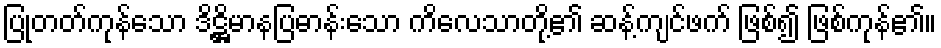
ပြုတတ်ကုန်သော ဒိဋ္ဌိမာနပြဓာန်းသော ကိလေသာတို့၏ ဆန့်ကျင်ဖက် ဖြစ်၍ ဖြစ်ကုန်၏။